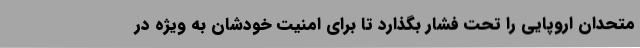
متحدان اروپایی را تحت فشار بگذارد تا برای امنیت خودشان به ویژه در